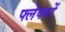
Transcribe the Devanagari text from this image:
फ्लेक्नों